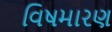
વિષમારણ